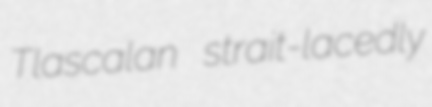
Tlascalan strait-lacedly